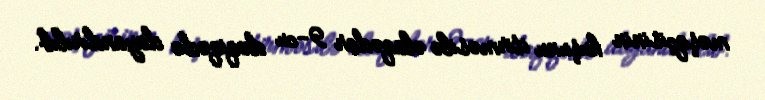
məşqçisinin huşunu itirməsilə əlaqədar 9-cu dəqiqədə dayandırılıb.